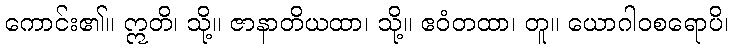
ကောင်း၏။ ဣတိ၊ သို့။ ဇာနာတိယထာ၊ သို့။ ဧဝံတထာ၊ တူ။ ယောဂါဝစရောပိ၊